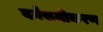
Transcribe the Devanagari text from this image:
वर्गसमीकरण